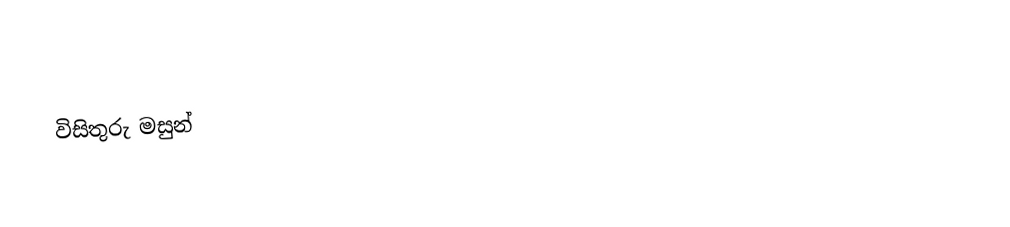
විසිතුරු මසුන්